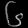
Digit: ၆